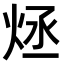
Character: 𤇶